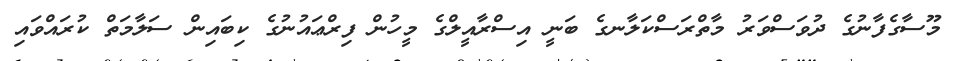
މޫސާގެފާނުގެ ދުވަސްވަރު މާތްރަސްކަލާނގެ ބަނީ އިސްރާއީލްގެ މީހުން ފިރްޢައުނުގެ ކިބައިން ސަލާމަތް ކުރައްވައި